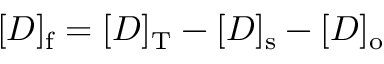
[ D ] _ { \mathrm { f } } = [ D ] _ { \mathrm { T } } - [ D ] _ { \mathrm { s } } - [ D ] _ { \mathrm { o } }